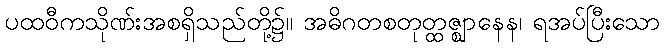
ပထဝီကသိုဏ်းအစရှိသည်တို့၌။ အဓိဂတစတုတ္ထဇ္ဈာနေန၊ ရအပ်ပြီးသော